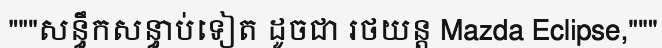
"""សន្ធឹកសន្ធាប់ទៀត ដូចជា រថយន្ត Mazda Eclipse,"""